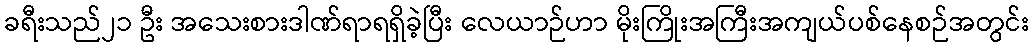
ခရီးသည်၂၁ ဦး အသေးစားဒါဏ်ရာရရှိခဲ့ပြီး လေယာဉ်ဟာ မိုးကြိုးအကြီးအကျယ်ပစ်နေစဉ်အတွင်း